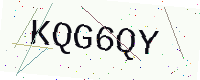
Text: KQG6QY